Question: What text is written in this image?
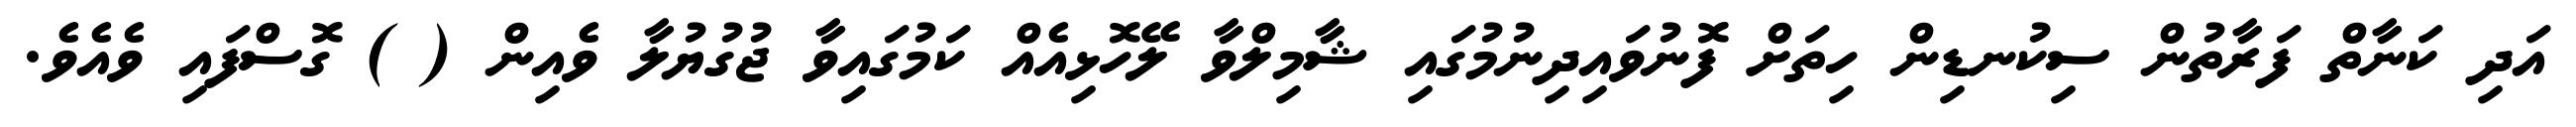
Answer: އަދި ކަނާތް ފަރާތުން ސިކުނޑިން ހިތަށް ފޮނުވައިދިނުމުގައި ޝާމިލްވާ ލޭހޮޅިއެއް ކަމުގައިވާ ޖުގުޔުލާ ވެއިން ( ) ގޮސްފައި ވެއެވެ.